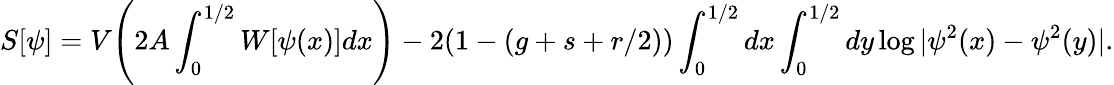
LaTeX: S[\psi]=V{\Biggr(}2A\int_{0}^{1/2}W[\psi(x)]dx{\Biggl)}-2(1-(g+s+r/2))\int_{0}^{1/2}dx\int_{0}^{1/2}dy\log|\psi^{2}(x)-\psi^{2}(y)|.